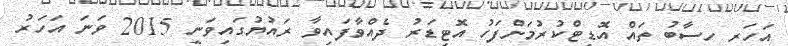
އަހަރީ ހިސާބު ތައް އޮޑިޓްކުރުމަށްފަހު އޮޓިޑަރު ދެއްވާފައިވާ ރައުޔުގައިވަނީ 2015 ވަނަ އަހަރު